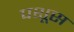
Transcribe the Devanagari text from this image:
पशूस